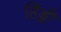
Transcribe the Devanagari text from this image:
हिंड्डी